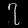
Digit: ၇